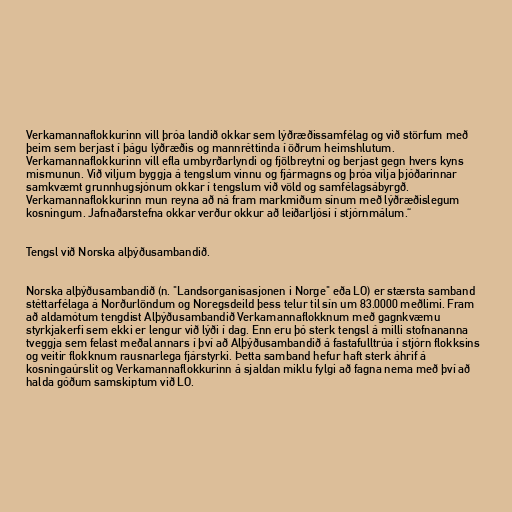
Verkamannaflokkurinn vill þróa landið okkar sem lýðræðissamfélag og við störfum með
þeim sem berjast í þágu lýðræðis og mannréttinda í öðrum heimshlutum.
Verkamannaflokkurinn vill efla umbyrðarlyndi og fjölbreytni og berjast gegn hvers kyns
mismunun. Við viljum byggja á tengslum vinnu og fjármagns og þróa vilja þjóðarinnar
samkvæmt grunnhugsjónum okkar í tengslum við völd og samfélagsábyrgð.
Verkamannaflokkurinn mun reyna að ná fram markmiðum sínum með lýðræðislegum
kosningum. Jafnaðarstefna okkar verður okkur að leiðarljósi í stjórnmálum.“

Tengsl við Norska alþýðusambandið.

Norska alþýðusambandið (n. "Landsorganisasjonen i Norge" eða LO) er stærsta samband
stéttarfélaga á Norðurlöndum og Noregsdeild þess telur til sín um 83.0000 meðlimi. Fram
að aldamótum tengdist Alþýðusambandið Verkamannaflokknum með gagnkvæmu
styrkjakerfi sem ekki er lengur við lýði í dag. Enn eru þó sterk tengsl á milli stofnananna
tveggja sem felast meðal annars í því að Alþýðusambandið á fastafulltrúa í stjórn flokksins
og veitir flokknum rausnarlega fjárstyrki. Þetta samband hefur haft sterk áhrif á
kosningaúrslit og Verkamannaflokkurinn á sjaldan miklu fylgi að fagna nema með því að
halda góðum samskiptum við LO.